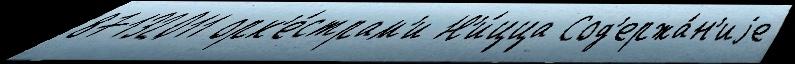
87132011 орк'е́страм'и Н'и́цца Сод'ержа́н'иjе